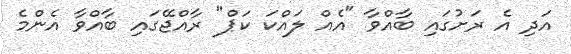
އަދި އެ ރަށުގައި ބާއްވާ "އެއް ލައްކަ ކަޕް" ރާއްޖޭގައި ބާއްވާ އެންމެ